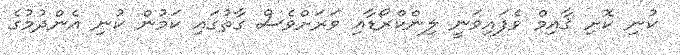
ކުނި ކޮށި ޤާއިމް ވެފައިވަނީ ލިންކްރޯޑާއި ވަރަށްވެސް ގާތުގައި ކަމުން ކުނި އެންދުމުގެ